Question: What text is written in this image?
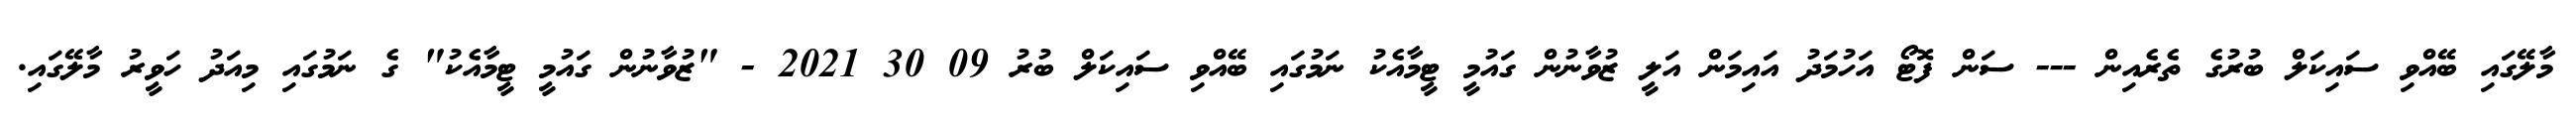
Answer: މާލޭގައި ބޭއްވި ސައިކަލް ބުރުގެ ތެރެއިން --- ސަން ފޮޓޯ އަހުމަދު އައިމަން އަލީ ޒުވާނުން ގައުމީ ޓީމާއެކު ނަމުގައި ބޭއްވި ސައިކަލް ބުރު 09 30 2021 - "ޒުވާނުން ގައުމީ ޓީމާއެކު" ގެ ނަމުގައި މިއަދު ހަވީރު މާލޭގައި.